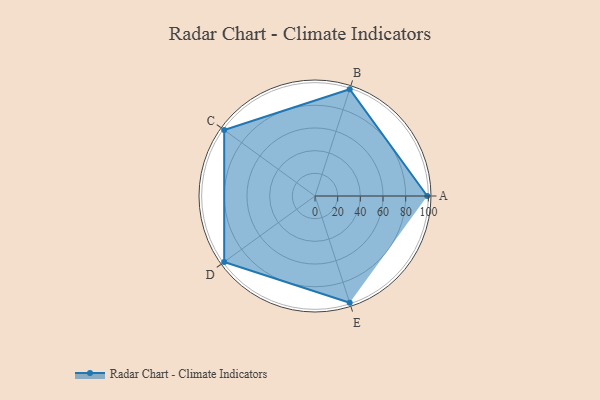
{"axis": {"x": "Skill", "y": "Score"}, "legend": ["Profile"], "data": [{"x": "A", "y": 99, "type": "Profile"}, {"x": "B", "y": 99, "type": "Profile"}, {"x": "C", "y": 99, "type": "Profile"}, {"x": "D", "y": 99, "type": "Profile"}, {"x": "E", "y": 99, "type": "Profile"}]}